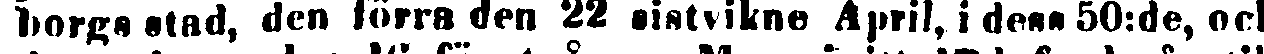
borgs stad, den förra den 22 sistvikne April, i dess 50:de, oh